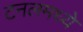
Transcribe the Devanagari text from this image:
टनलमध्ये